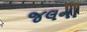
જલના